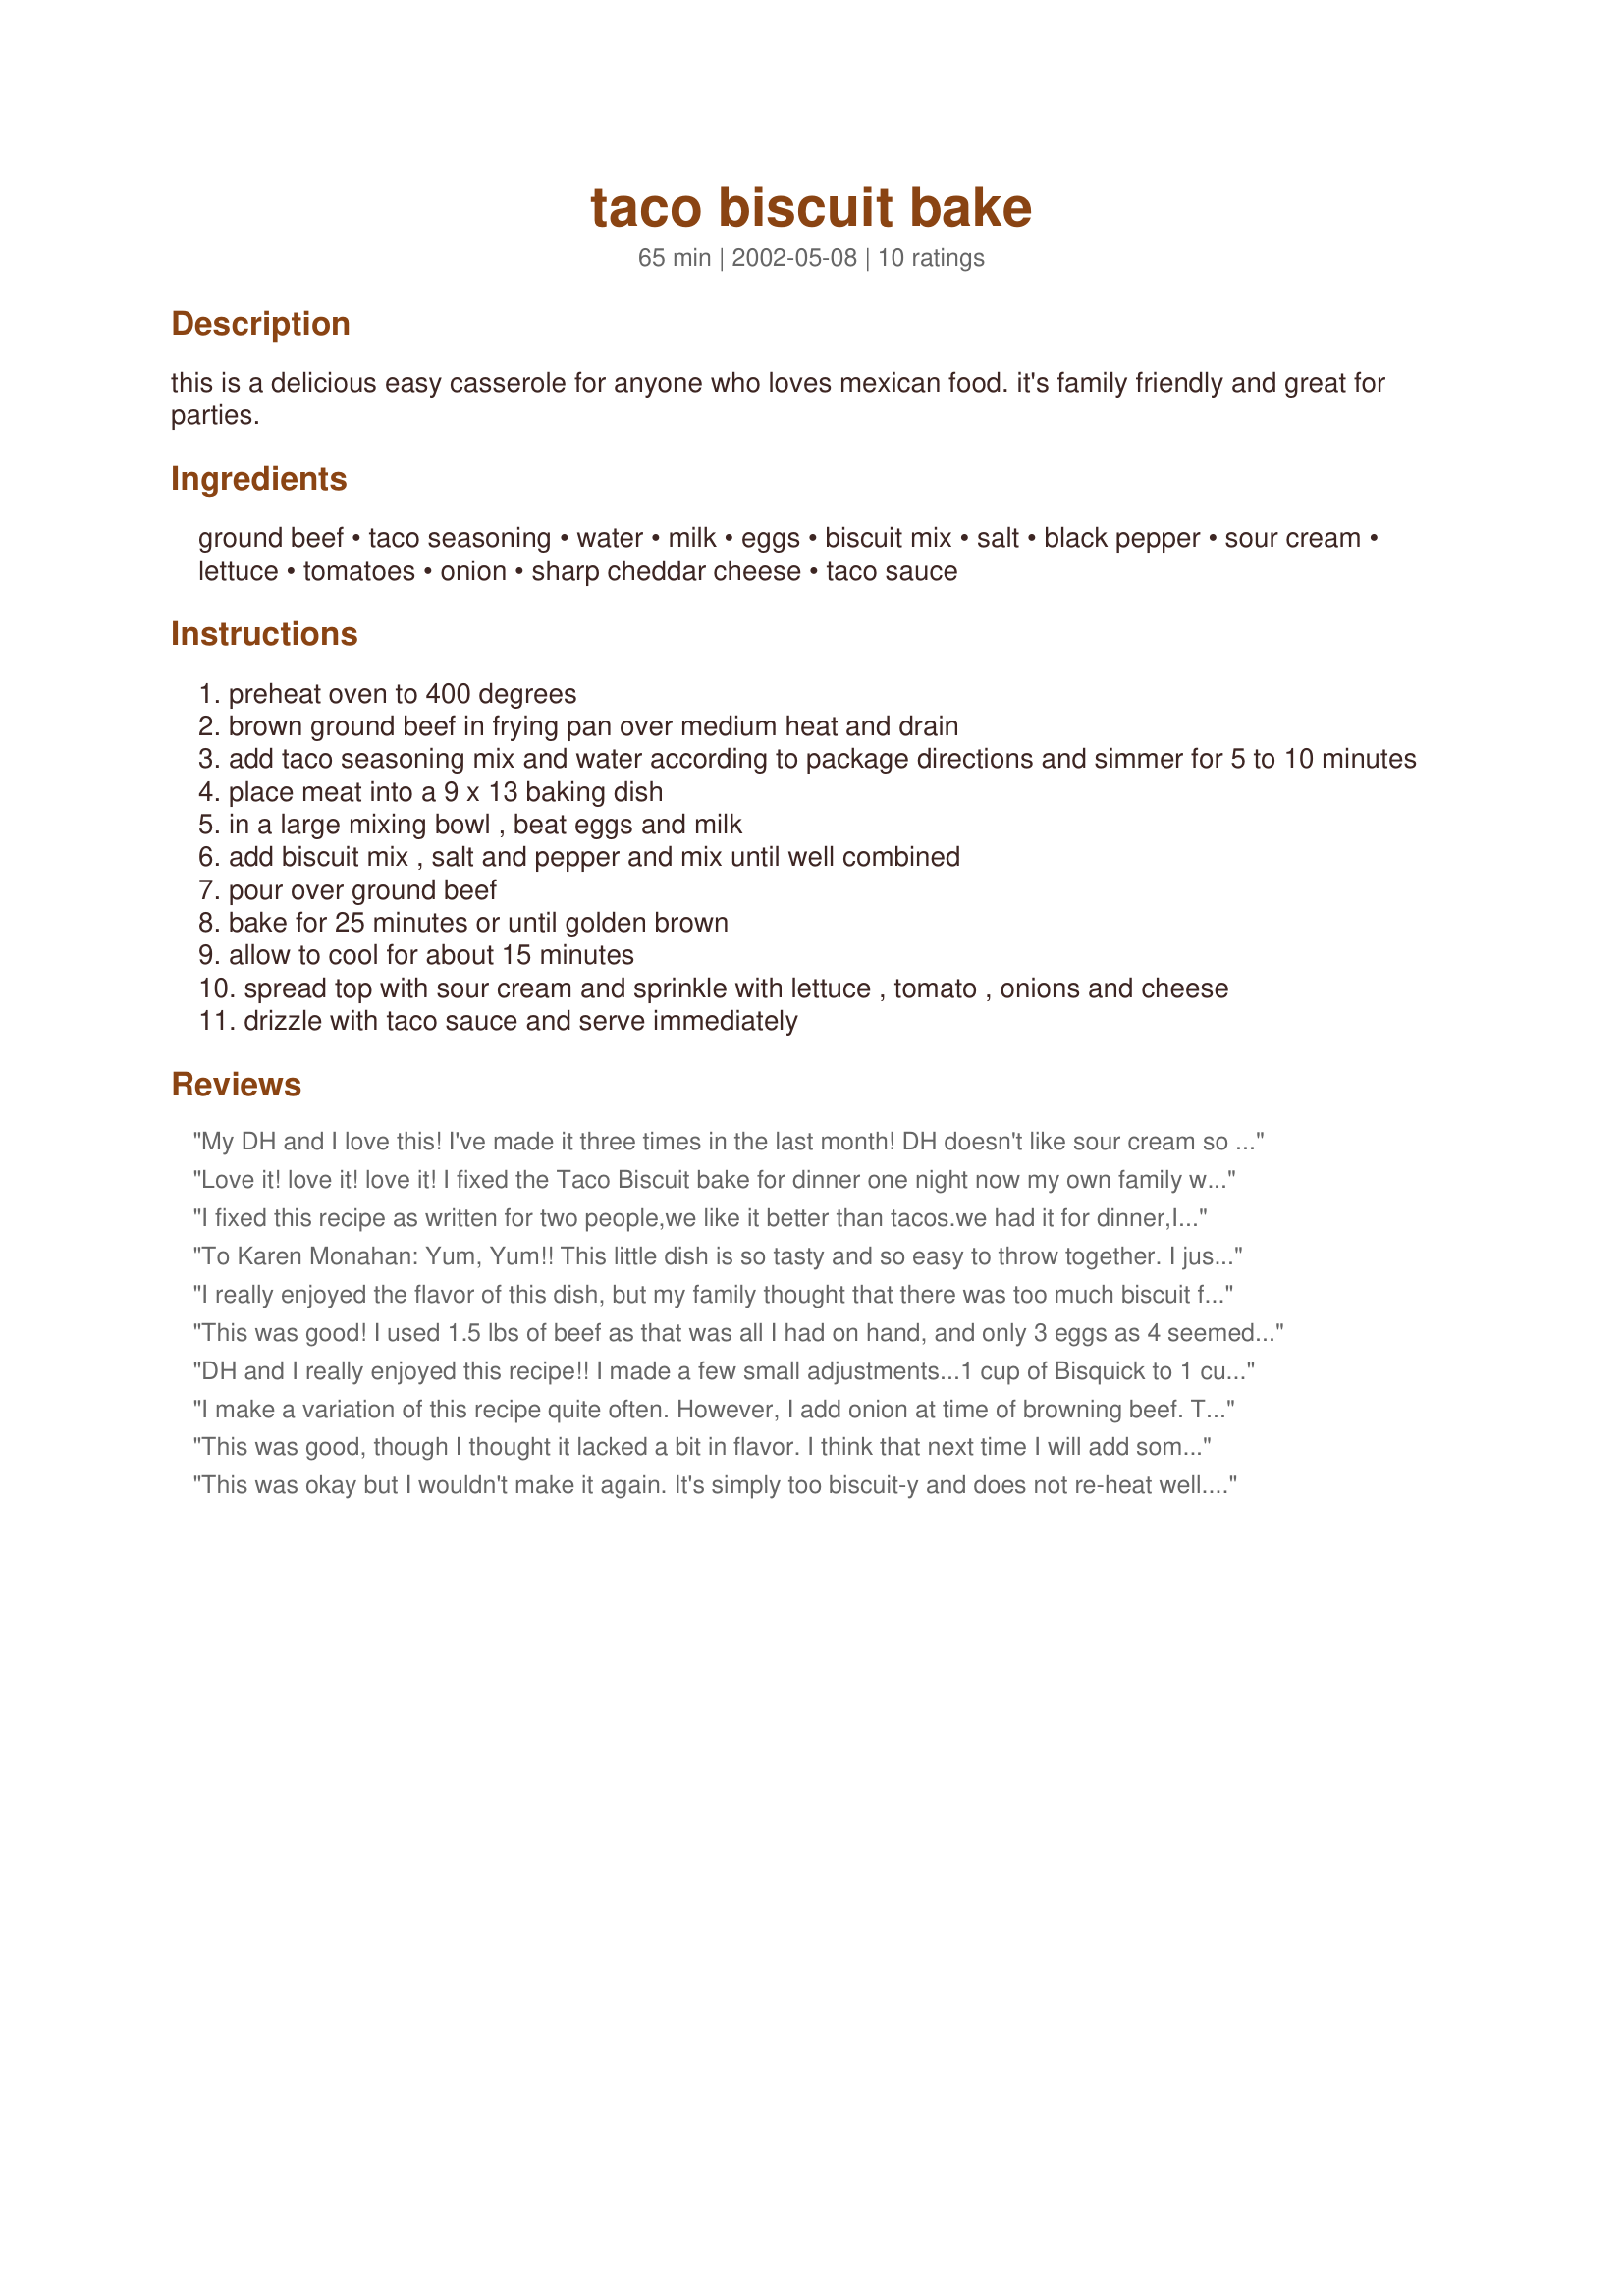
taco biscuit bake
Preparation time: 65 minutes

this is a delicious easy casserole for anyone who loves mexican food. it's family friendly and great for parties.

Ingredients:
ground beef, taco seasoning, water, milk, eggs, biscuit mix, salt, black pepper, sour cream, lettuce, tomatoes, onion, sharp cheddar cheese, taco sauce

Steps:
preheat oven to 400 degrees
brown ground beef in frying pan over medium heat and drain
add taco seasoning mix and water according to package directions and simmer for 5 to 10 minutes
place meat into a 9 x 13 baking dish
in a large mixing bowl , beat eggs and milk
add biscuit mix , salt and pepper and mix until well combined
pour over ground beef
bake for 25 minutes or until golden brown
allow to cool for about 15 minutes
spread top with sour cream and sprinkle with lettuce , tomato , onions and cheese
drizzle with taco sauce and serve immediately

Reviews:
My DH and I love this! I've made it three times in the last month! DH doesn't like sour cream so I just put it on mine separately; we top it with the regular taco toppings (cheese, olives, lettuce, salsa, etc.) Thanks for a great meal!
Love it! love it! love it! I fixed the Taco Biscuit bake for dinner one night now my own family wants it. We also thought about adding cream cheese to the sour cream. Great recipe and so easy to make.
Toni B. 
 St.Marys, Ohio
I fixed this recipe as written for two people,we like it better than tacos.we had it for dinner,I had it for lunch the next day,then for dinner that night! My husband likes leftovers,I'm a lucky woman he he.
The only thing I did different, is I didn't put the sour cream and toppings on the whole casserole.Just when I served each piece.Much easier than tacos,will be making this recipe often.Thanks Karen!
To Karen Monahan:

Yum, Yum!! This little dish is so tasty and so easy to throw together. I just made 1/2 a recipe and it was just right for the two of us. Kinda think I might top it with homemade green chili next time I make it.

Thanks a bunch for posting.

Laudee C.
Colorado
I really enjoyed the flavor of this dish, but my family thought that there was too much biscuit for the amount of meat, next time I would add more hamburger to even out the biscuit and possibly mix the taco sauce into it to moisten it up. I also did add the black olives they added a little something extra if you like them:)
This was good! I used 1.5 lbs of beef as that was all I had on hand, and only 3 eggs as 4 seemed like a lot for that amount of biscuit mix. Turned out great and I will definitely make this quick and easy casserole again, maybe add some chilis next time. Thanks!
DH and I really enjoyed this recipe!! I made a few small adjustments...1 cup of Bisquick to 1 cup of milk, 3 eggs. I added chopped jalapenos, cilantro and green onions to Bisquick mix. I topped it with a little of the cheese before baking. It ended up like a huge 'taco salad' by the time it got to the table!! We loved it!!
Great quick week night dinner!! Thank you.
I make a variation of this recipe quite often. However, I add onion at time of browning beef. Then I also stir in a can of corn and canned Rotel tomatoes with chiles. Spread that in pan and then top with shredded cheese. Put the Bisquick mix on top and bake. That's it, anything else after baked goes on side so it won't get soggy if leftover. I take this to work once a month and its gobbled up by 10AM. I always serve it at home as a brunch type item.
This was good, though I thought it lacked a bit in flavor. I think that next time I will add some green chiles and/or black olives, and maybe salsa to the meat.
This was okay but I wouldn't make it again. It's simply too biscuit-y and does not re-heat well. If you make this, I would recommend it is for a party where all will be consumed at once. I did add a couple of chopped jalepenos but think it could have used more spice... Of course, this would limit its appeal to young children. I gave it three stars because it's not "bad" and I do think it probably would work for an occasion with lots of kids.
